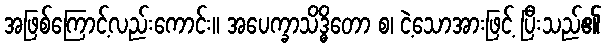
အဖြစ်ကြောင့်လည်းကောင်း။ အပေက္ခာသိဒ္ဓိတော စ၊ ငဲ့သောအားဖြင့် ပြီးသည်၏